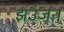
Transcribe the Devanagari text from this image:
झंउंजन